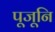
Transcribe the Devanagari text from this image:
पूजूनि